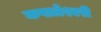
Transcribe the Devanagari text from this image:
कपालेश्वरी